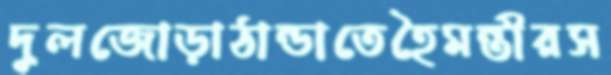
দুলজোড়াঠান্ডাতেহৈমন্তীরস